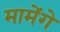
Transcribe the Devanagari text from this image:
मामेंगे